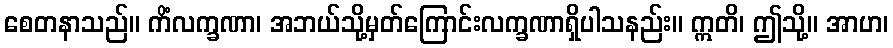
စေတနာသည်။ ကိံလက္ခဏာ၊ အဘယ်သို့မှတ်ကြောင်းလက္ခဏာရှိပါသနည်း။ ဣတိ၊ ဤသို့။ အာဟ၊